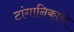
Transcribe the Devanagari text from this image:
टांगानिकाचे